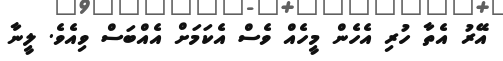
އޭރު އެތާ ހުރި އެހެން މީހެއް ވެސް އެކަމަށް އެއްބަސް ވިއެވެ. ލީނާ